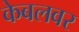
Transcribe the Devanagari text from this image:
केबलवर